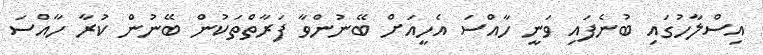
އިސްލާހުގައި ބުނެފައި ވަނީ ހާއްސަ އެހީއަށް ބޭނުންވާ ފަރާތްތަކުން ބޭނުން ކުރާ ހާއްސަ